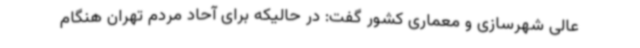
عالی شهرسازی و معماری کشور گفت: در حالیکه برای آحاد مردم تهران هنگام